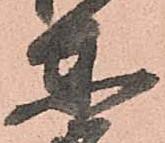
東